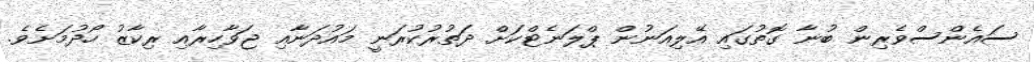
ސައެންސްވެރިން ބުނާ ގޮތުގައި އޭލިއަނުން ޕްލަނެޓްކަށް ދަތުރުކުރަނީ މައުދަނާއި ޖަވާހިރާއި ރިކާޒު ހޯދުމަށެވެ.